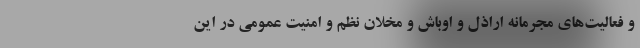
و فعالیت‌های مجرمانه اراذل و اوباش و مخلان نظم و امنیت عمومی در این